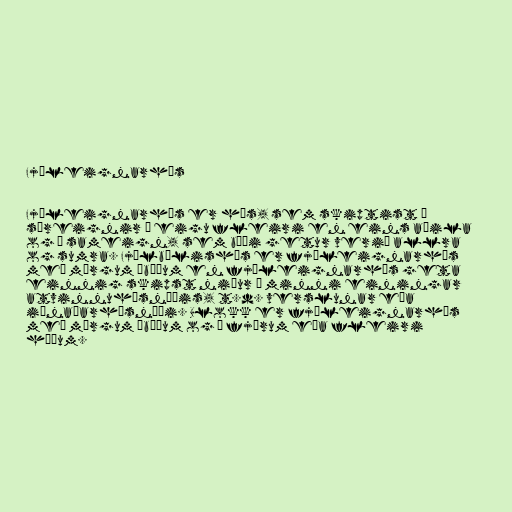
Fjöleignarhús

Fjöleignarhús er hús, sem skiptist í
séreignir í eigu fleiri en eins aðila
og í sameign, sem bæði getur verið allra
og sumra. Fjölbýlishús er fjöleignarhús
með mörgum íbúðum en fjöleignarhús geta
einnig skipst niður í minni einingar
atvinnuhúsnæðis, t.d. verslunar eða
iðnaðarhúsnæði. Blokk er fjöleignarhús
með mörgum íbúðum og á fjórum eða fleiri
hæðum.